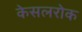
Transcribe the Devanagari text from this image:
केसलरोक